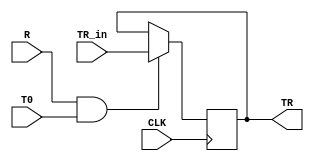
`timescale 1ns / 1ps
//////////////////////////////////////////////////////////////////////////////////
// Company: 
// Engineer: 
// 
// Design Name: 
// Module Name: TR
// Project Name: 
// Target Devices: 
// Tool Versions: 
// Description: 
// 
// Dependencies: 
// 
// Revision:
// Revision 0.01 - File Created
// Additional Comments:
// 
//////////////////////////////////////////////////////////////////////////////////


module TR(
input R    ,
input T0   ,
input CLK  ,
input [7:0] TR_in  ,
output reg [7:0] TR   );

wire E ;
assign E  = R & T0 ;

initial begin 
TR = 8'h00 ;
end

always @(posedge CLK )
begin
if (E == 1)
     begin
 TR <=  TR_in  ;  // Load Data
     end 
else 
     begin
 TR <= TR     ;  // Hold Data
     end 
end

endmodule